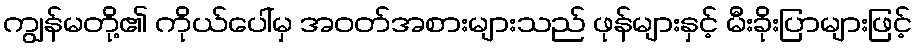
ကျွန်မတို့၏ ကိုယ်ပေါ်မှ အဝတ်အစားများသည် ဖုန်များနှင့် မီးခိုးပြာများဖြင့်